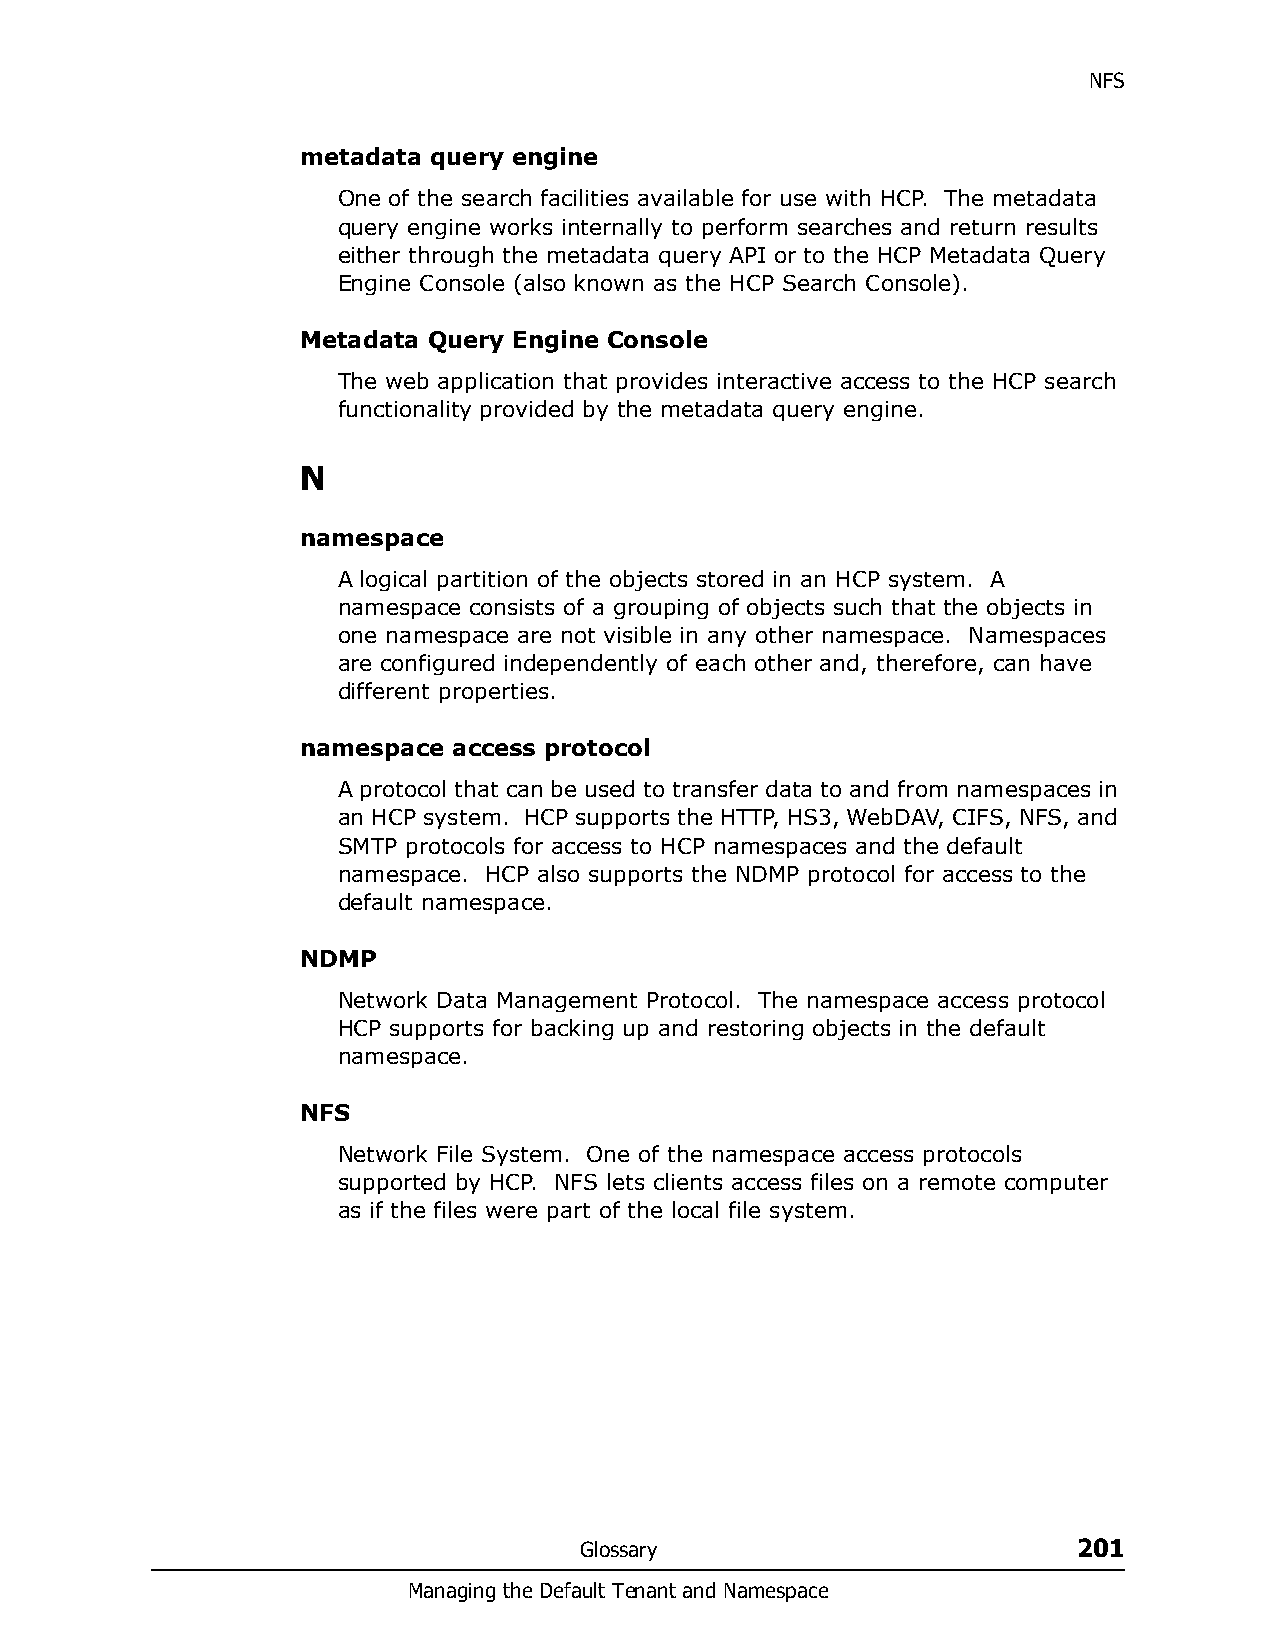
NFS
 metadata query engine
 One of the search facilities available for use with HCP. The metadata
 query engine works internally to perform searches and return results
 either through the metadata query API or to the HCP Metadata Query
 Engine Console (also known as the HCP Search Console).
 Metadata Query Engine Console
 The web application that provides interactive access to the HCP search
 functionality provided by the metadata query engine.
 N
 namespace
 A logical partition of the objects stored in an HCP system. A
 namespace consists of a grouping of objects such that the objects in
 one namespace are not visible in any other namespace. Namespaces
 are configured independently of each other and, therefore, can have
 different properties.
 namespace access protocol
 A protocol that can be used to transfer data to and from namespaces in
 an HCP system. HCP supports the HTTP, HS3, WebDAV, CIFS, NFS, and
 SMTP protocols for access to HCP namespaces and the default
 namespace. HCP also supports the NDMP protocol for access to the
 default namespace.
 NDMP
 Network Data Management Protocol. The namespace access protocol
 HCP supports for backing up and restoring objects in the default
 namespace.
 NFS
 Network File System. One of the namespace access protocols
 supported by HCP. NFS lets clients access files on a remote computer
 as if the files were part of the local file system.
 Glossary                         201
 Managing the Default Tenant and Namespace